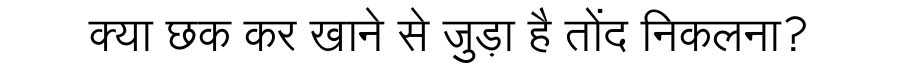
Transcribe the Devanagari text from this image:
क्या छक कर खाने से जुड़ा है तोंद निकलना?